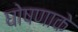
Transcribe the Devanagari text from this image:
घोषणाके